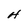
Character: H